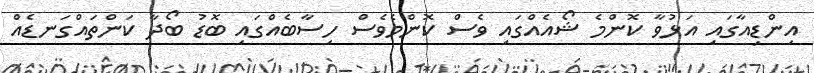
އިންޑިއާގައި އަޅުވާ ކޮންމެ ޝޯއެއްގައި ވެސް ކޮންމެވެސް ހިސާބެއްގައި ބޮޑު ބޯދާ ކަންތައްގަނޑެއް